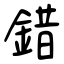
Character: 錯